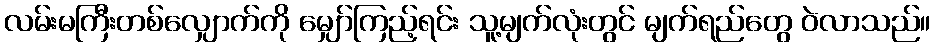
လမ်းမကြီးတစ်လျှောက်ကို မျှော်ကြည့်ရင်း သူ့မျက်လုံးတွင် မျက်ရည်တွေ ဝဲလာသည်။